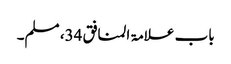
باب علامۃ المنافق 34، مسلم۔